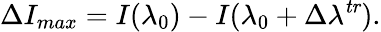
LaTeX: \Delta I_{max}=I(\lambda_{0})-I(\lambda_{0}+\Delta\lambda^{\mathit{tr}}).